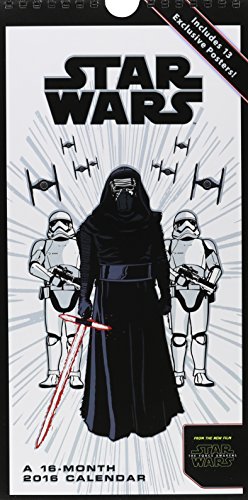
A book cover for Star Wars Episode VII 2016 Mini Poster Calendar; Trends International; Calendars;